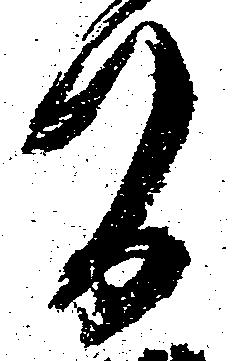
間